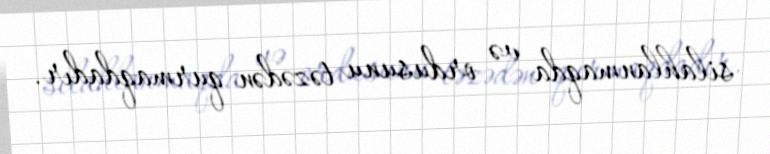
silahlanmaqda və ordusunu təzədən qurmaqdadır.